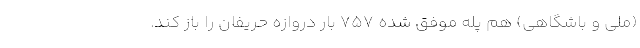
(ملی و باشگاهی) هم پله موفق شده 757 بار دروازه حریفان را باز کند.